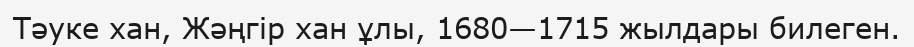
Тәуке хан, Жәңгір хан ұлы, 1680—1715 жылдары билеген.